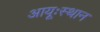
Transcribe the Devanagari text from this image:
आयूःस्थान